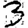
Digit: 3